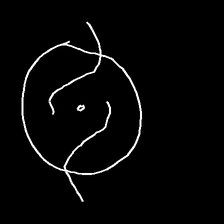
Glyph: repetition